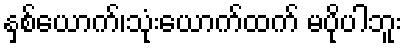
နှစ်ယောက်၊သုံးယောက်ထက် မပိုပါဘူး